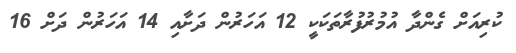
ކުރިއަށް ގެންދާ އުމުރުފުރާތަކަކީ 12 އަހަރުން ދަށާއި 14 އަހަރުން ދަށް 16